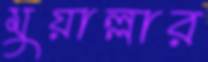
মুয়াল্লার